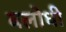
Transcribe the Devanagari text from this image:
बलोधी